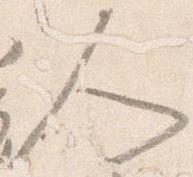
人